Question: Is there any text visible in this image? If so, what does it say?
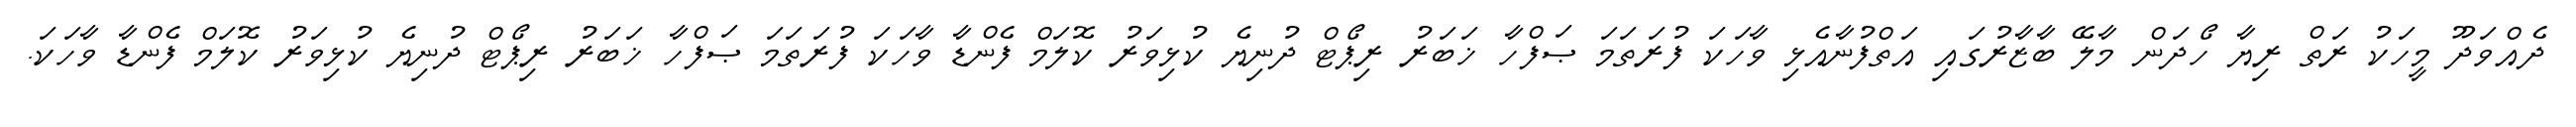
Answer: ދެއްވަދޫ މީހަކު ރަތް ރިޔާ ހޯދަން މާލޭ ބާޒާރުގައި އަތްފުނާއެޅި ވާހަކަ ފުރަތަމަ ޞަފްހާ ޚަބަރު ރިޕޯޓް ދުނިޔެ ކުޅިވަރު ކޮލަމް ފެންޑާ ވާހަކަ ފުރަތަމަ ޞަފްހާ ޚަބަރު ރިޕޯޓް ދުނިޔެ ކުޅިވަރު ކޮލަމް ފެންޑާ ވާހަކަ.